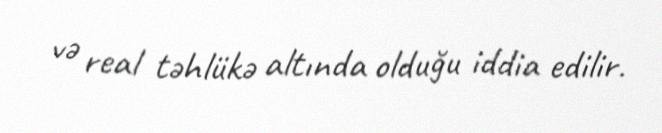
və real təhlükə altında olduğu iddia edilir.